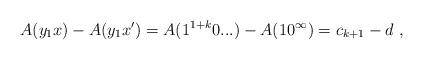
LaTeX: \begin{align*}A(y_1x) - A(y_1x') = A(1^{1+k} 0...) - A(10^\infty) = c_{k+1} - d \ ,\end{align*}